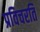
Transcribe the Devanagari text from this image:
प्रविचरति